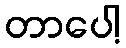
တာပေါ့